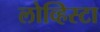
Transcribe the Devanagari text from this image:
लोव्हिस्टा